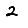
Digit: 2